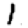
Digit: 1